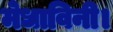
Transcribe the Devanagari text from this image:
मेधाविनी।